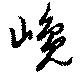
巉